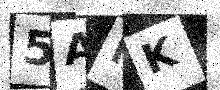
Text: 5AFK